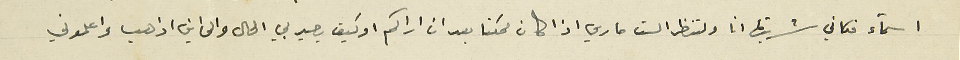
اسماء فكاني شربتها انا ولتنظر الست ماري اذا كان ممكنا بعد ان اراكم او كيف يصير بي الحال والى اين اذهب واعلموني